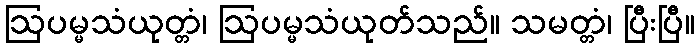
ဩပမ္မသံယုတ္တံ၊ ဩပမ္မသံယုတ်သည်။ သမတ္တံ၊ ပြီးပြီ။